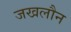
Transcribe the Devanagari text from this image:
जखलौन